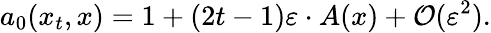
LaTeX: a_{0}(x_{t},x)=1+(2t-1)\varepsilon\cdot A(x)+{\cal O}(\varepsilon^{2}).